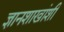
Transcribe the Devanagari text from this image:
ज्ञानशाखांशी